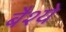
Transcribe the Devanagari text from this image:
बैश्ये